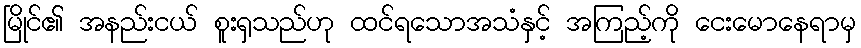
မြိုင်၏ အနည်းငယ် စူးရှသည်ဟု ထင်ရသောအသံနှင့် အကြည့်ကို ငေးမောနေရာမှ